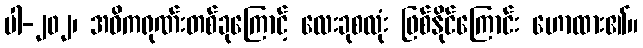
ပါ-၂၀၂၊ အဓိကရုဏ်းတစ်ခုကြောင့် လေးခုစလုံး ဖြစ်နိုင်ကြောင်း ဟောထား၏။